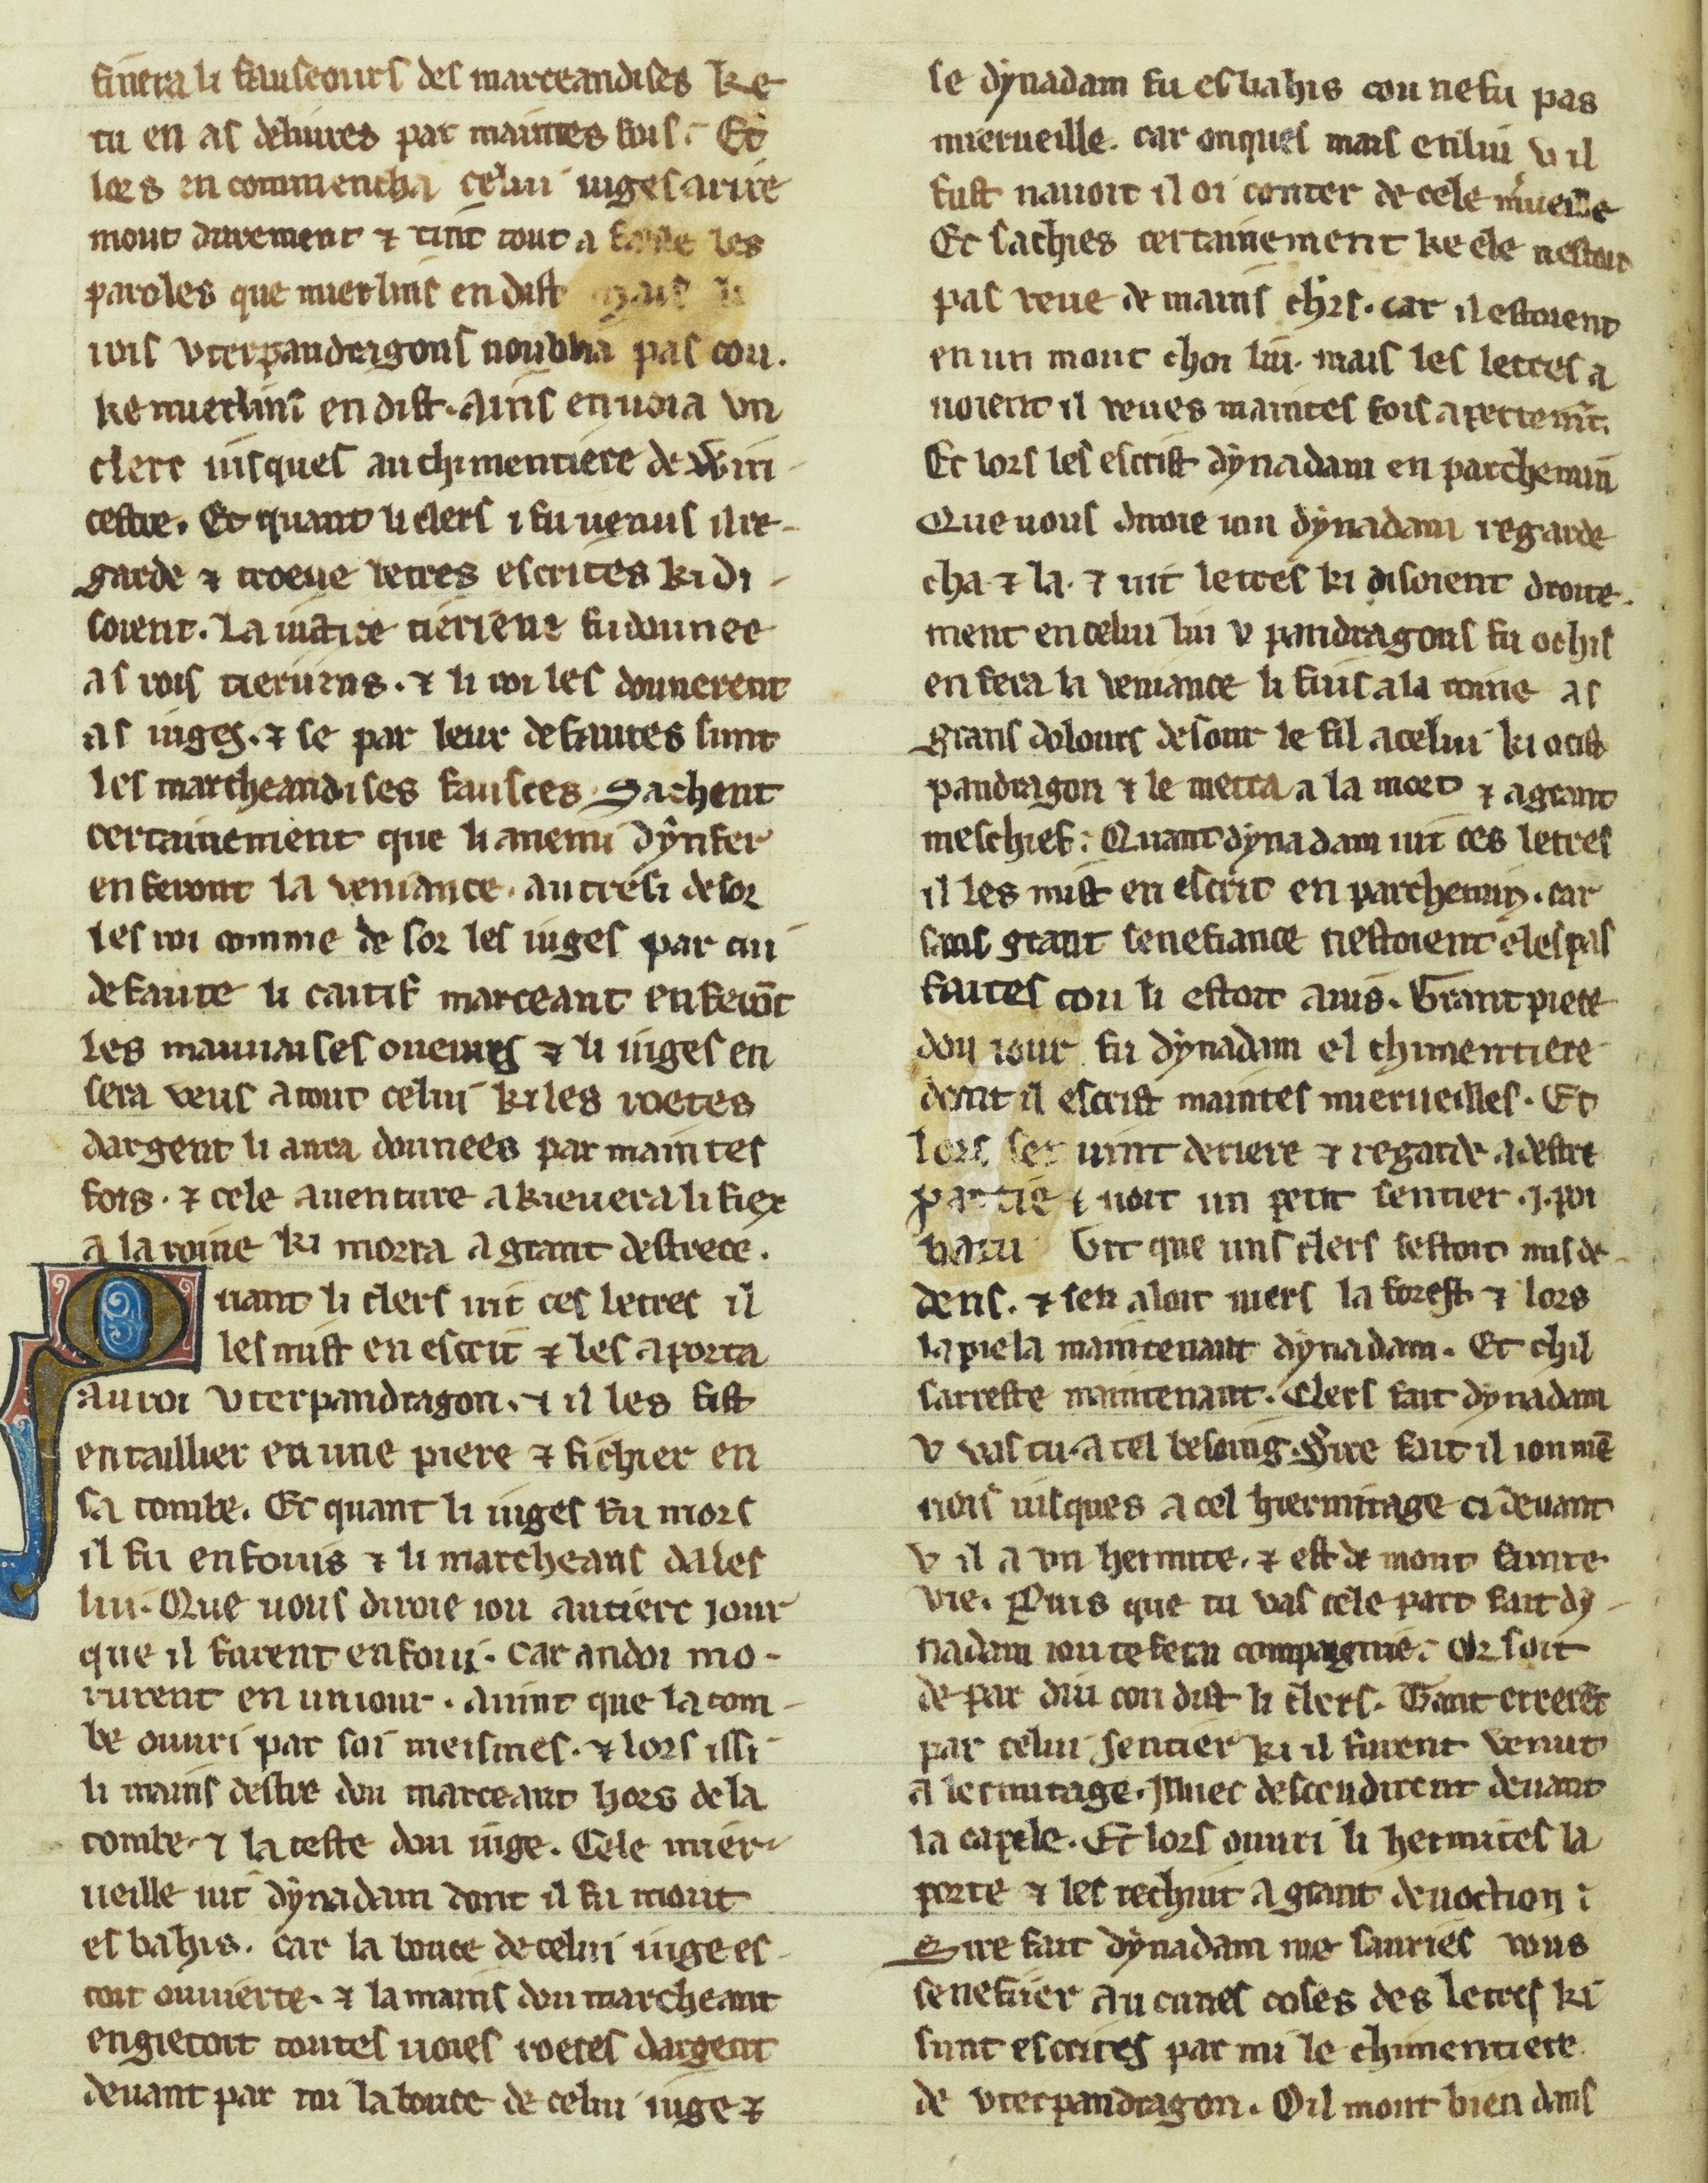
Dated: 1300–1330